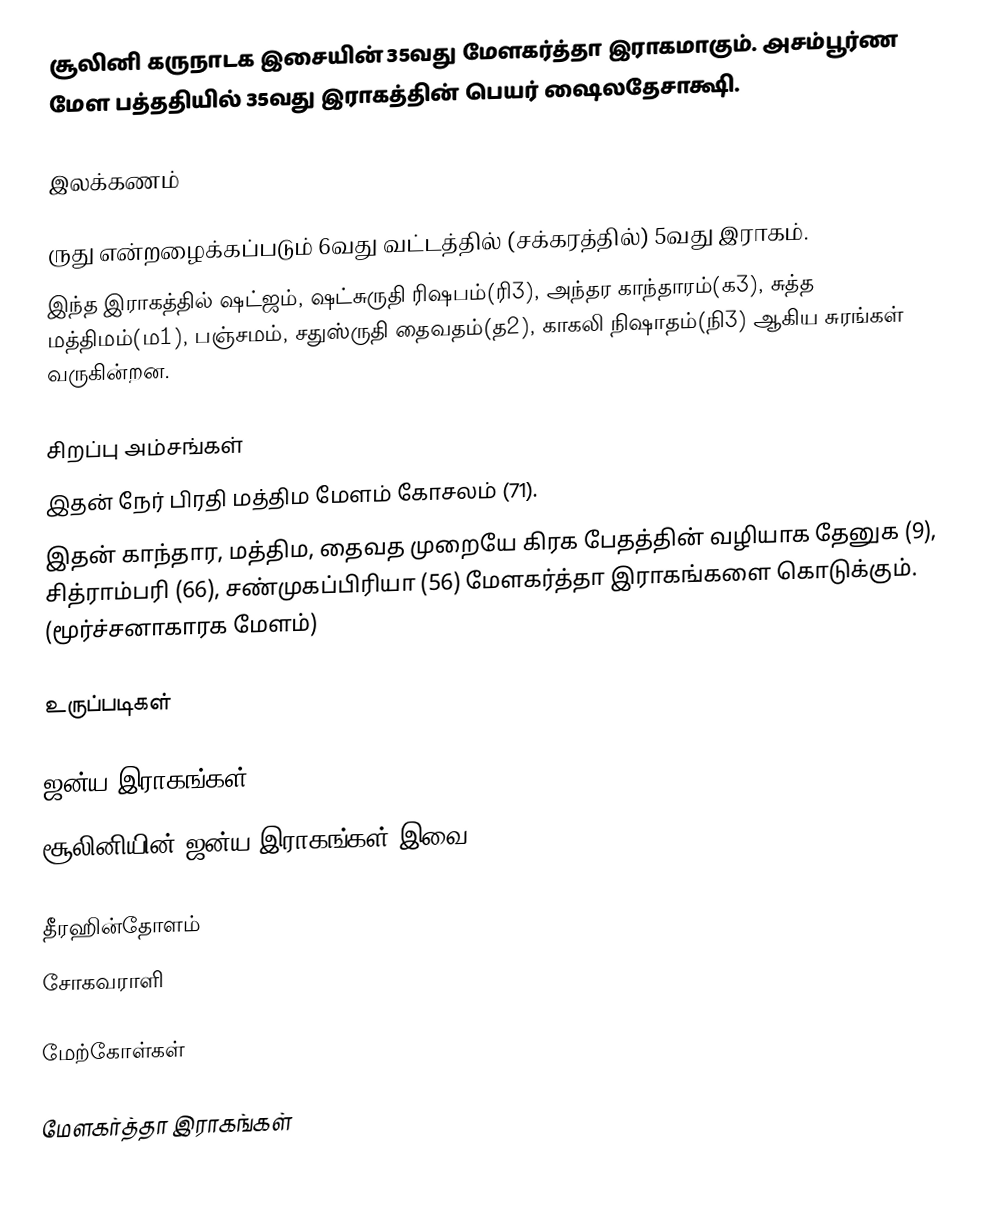
சூலினி கருநாடக இசையின் 35வது மேளகர்த்தா இராகமாகும். அசம்பூர்ண மேள பத்ததியில் 35வது இராகத்தின் பெயர் ஷைலதேசாக்ஷி.

இலக்கணம்

 ருது என்றழைக்கப்படும் 6வது வட்டத்தில் (சக்கரத்தில்) 5வது இராகம்.
 இந்த இராகத்தில் ஷட்ஜம், ஷட்சுருதி ரிஷபம்(ரி3), அந்தர காந்தாரம்(க3), சுத்த மத்திமம்(ம1), பஞ்சமம், சதுஸ்ருதி தைவதம்(த2), காகலி நிஷாதம்(நி3) ஆகிய சுரங்கள் வருகின்றன.

சிறப்பு அம்சங்கள்
 இதன் நேர் பிரதி மத்திம மேளம் கோசலம் (71).
 இதன் காந்தார, மத்திம, தைவத முறையே கிரக பேதத்தின் வழியாக தேனுக (9), சித்ராம்பரி (66), சண்முகப்பிரியா (56) மேளகர்த்தா இராகங்களை கொடுக்கும். (மூர்ச்சனாகாரக மேளம்)

உருப்படிகள்

ஜன்ய இராகங்கள்
சூலினியின் ஜன்ய இராகங்கள் இவை.

 தீரஹின்தோளம்
 சோகவராளி

மேற்கோள்கள்

மேளகர்த்தா இராகங்கள்